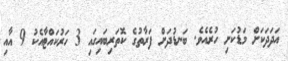
އަދަދަކަށް މަޑުކަށި ހުރެއެވެ. ބަނޑުދަށް ފަރާތުގެ ކޮތަރިބައިގައި 3 ހަރުކައްޓާއެކު 9 އާއި